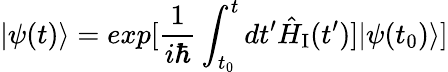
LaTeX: |\psi(t)\rangle=exp[{\frac{1}{i\hbar}}\int_{t_{0}}^{t}dt^{\prime}\hat{H}_{\mathrm{I}}(t^{\prime})]|\psi(t_{0})\rangle]